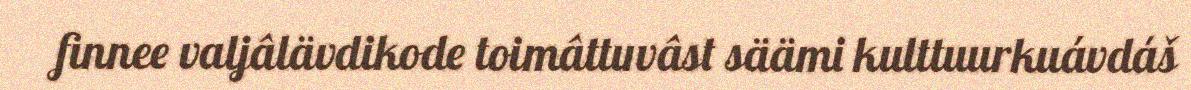
finnee valjâlävdikode toimâttuvâst säämi kulttuurkuávdáš